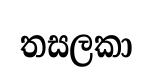
තසලකා